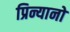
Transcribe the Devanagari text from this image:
प्रिन्यानो